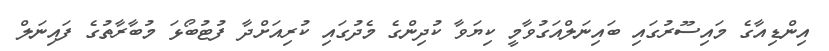
އިންޑިއާގެ މައިސޫރުގައި ބައިނަލްއަގުވާމީ ކިޔަވާ ކުދިންގެ މެދުގައި ކުރިއަށްދާ ފުޓުބޯޅަ މުބާރާތުގެ ފައިނަލް